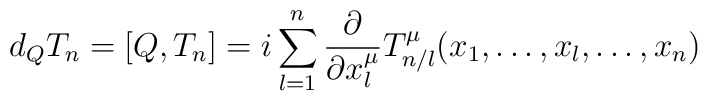
d_QT_n=\bigl[Q,T_n\bigr]=i\sum_{l=1}^{n}\frac{\partial}{\partial x^{\mu}_l}T_{n/l}^{\mu}(x_1,\ldots,x_l,\ldots,x_n)